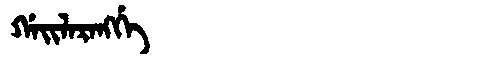
Manchu: ᡤᠠᡳᠯᠠᡵᠠᠩᡤᡝ
Romanization: GAILARANGGE